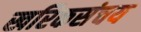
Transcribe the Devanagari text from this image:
खरिकसंचय